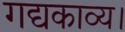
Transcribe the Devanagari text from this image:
गद्यकाव्य।